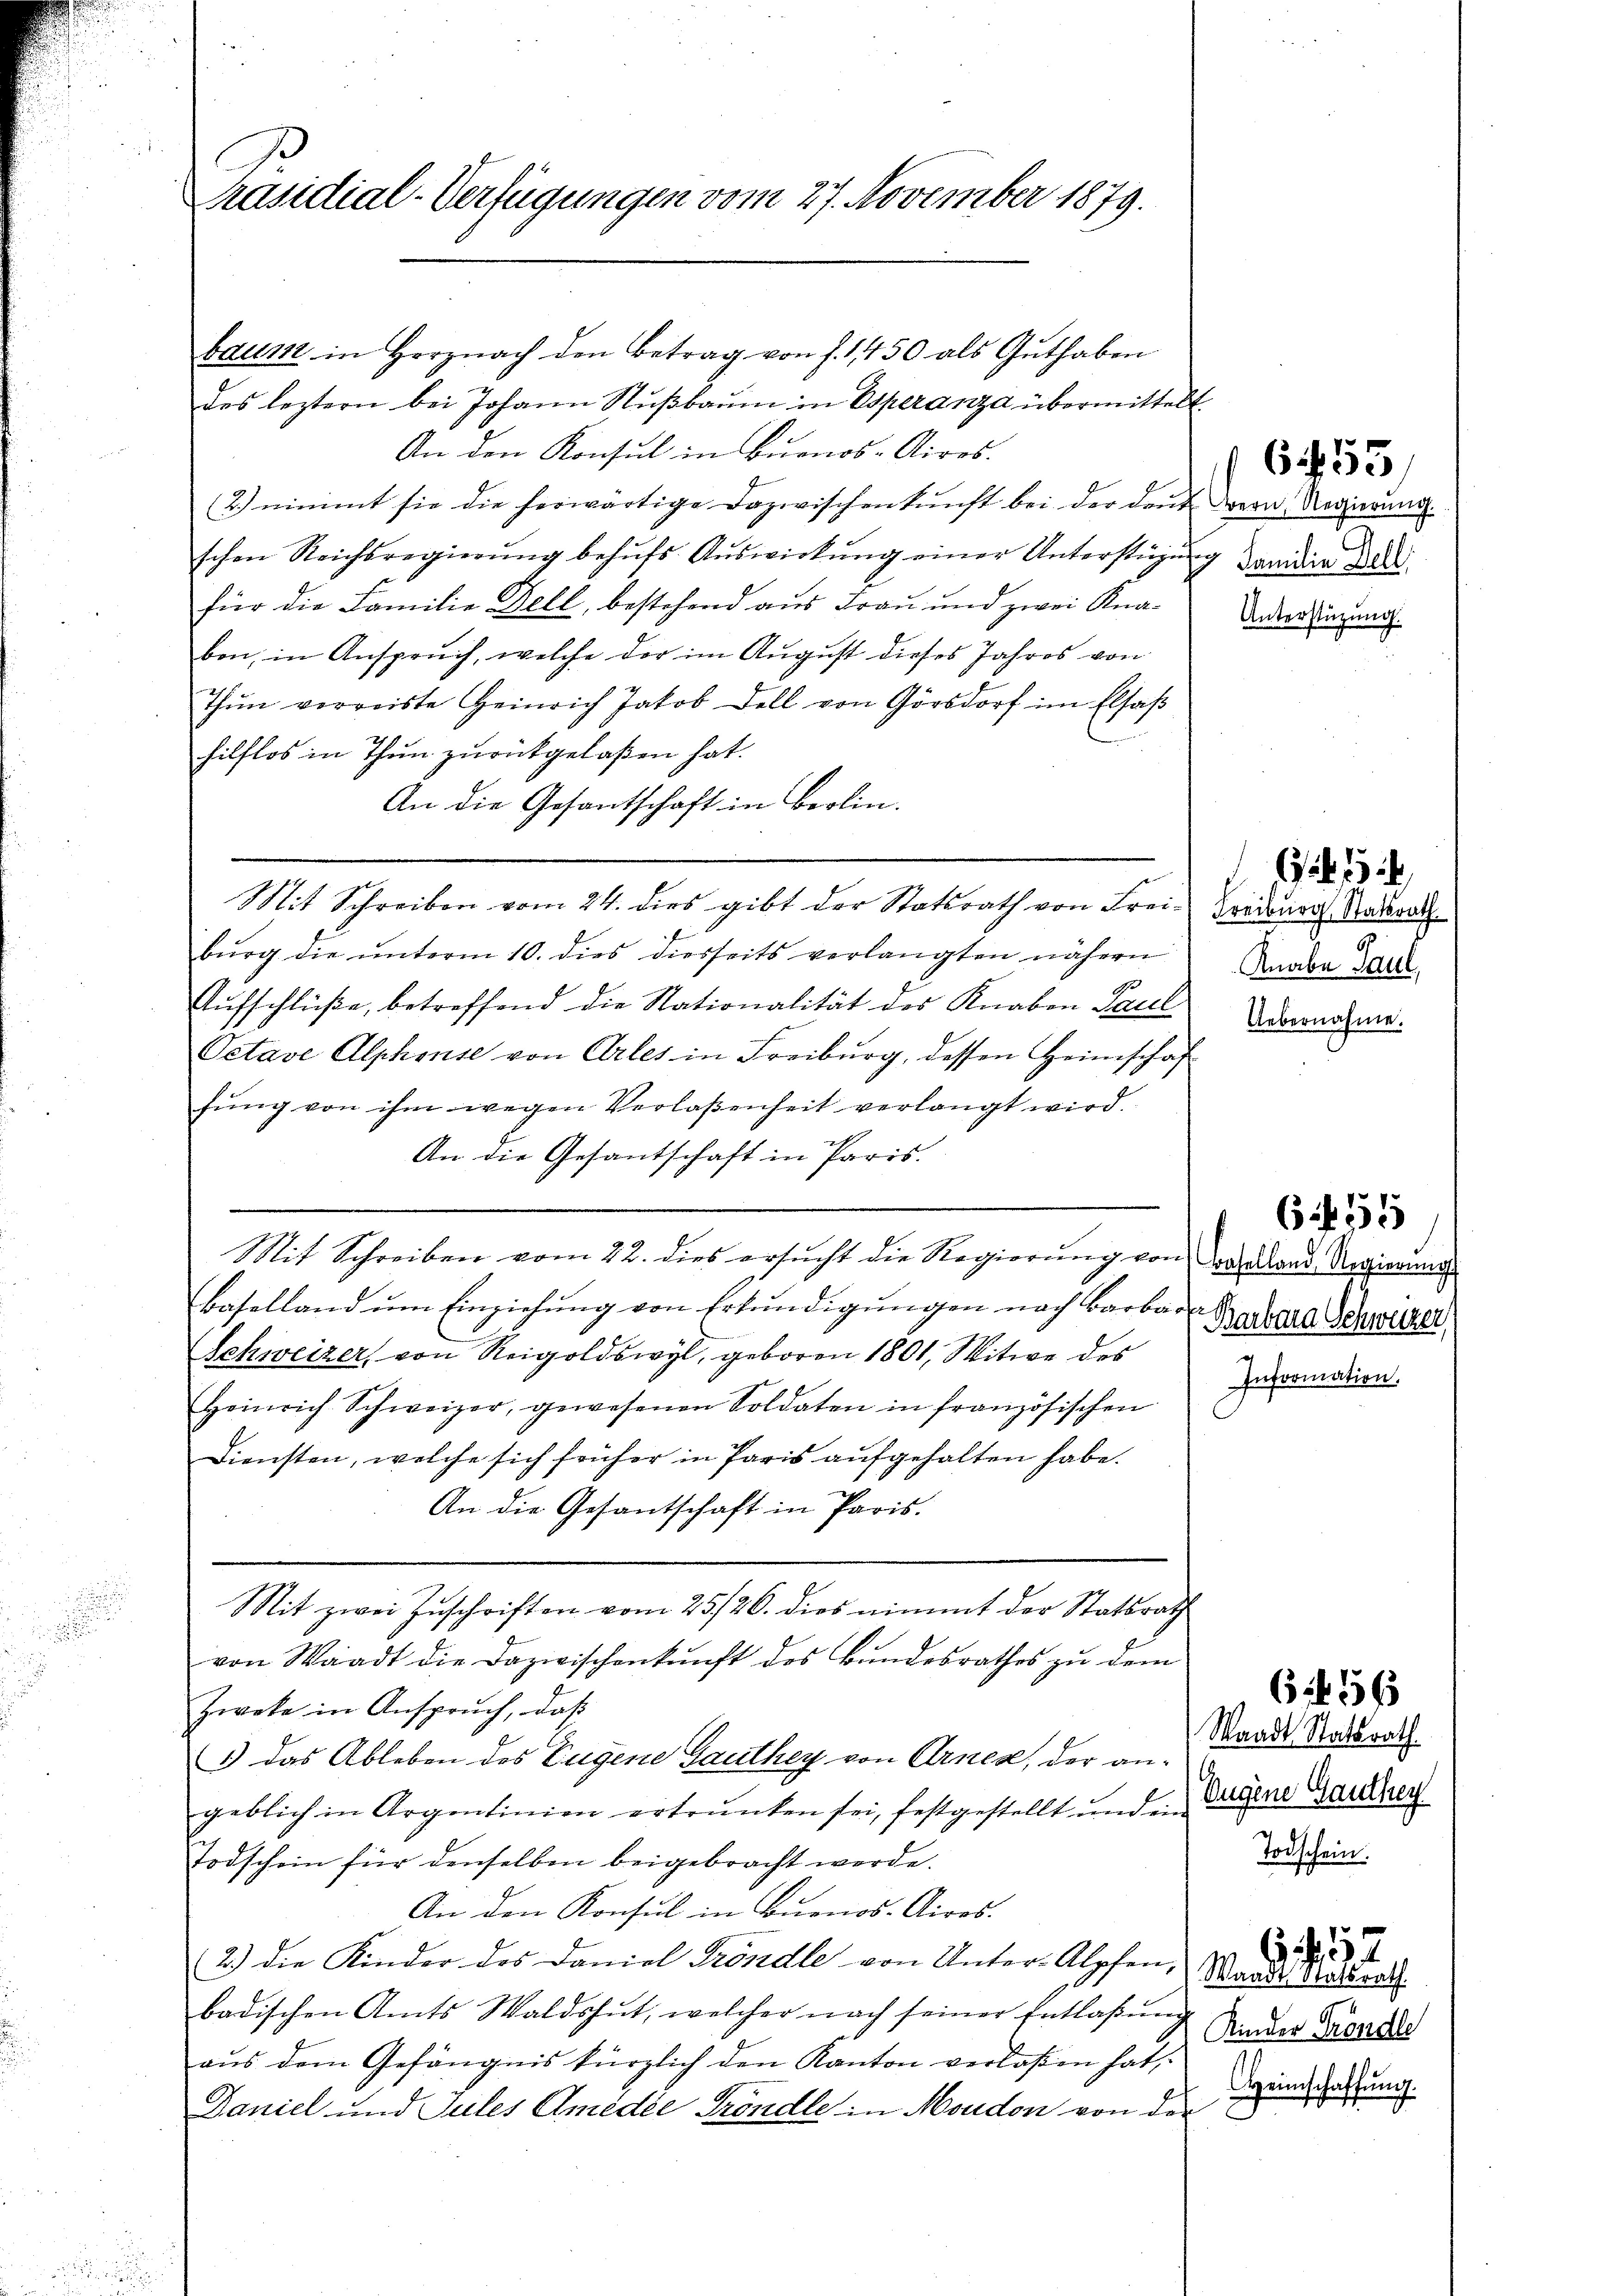
n

Präsidial-Verfügungen vom 27. November 1879.

baum in Herz nach den Betrag von f. 1450 als Guthaben
des leztern bei Johann Nußbaum in Esperanza übermittelt
An den Konsul in Buenos-Aires.
2.) nimmt sie die herwärtige Dazwischenkunft bei der dont vern Regierŭng
schen Reichsregierŭng behŭfs Aŭswirkŭng einer Unterstüzung damair da
für die Familie Dell, bestehend aus Frau und zwei Knabon, in Anspruch, welche der im August dieses Jahres von
Thun verreiste Heinrich Jakob Dell von Görsdorf im Elsaß
hilflos in Thun zurückgelaßen hat.
An die Gesantschaft in Berlin.
Mit Schreiben vom 24. dies gibt der Statsrath von Frei-Cordurch Stadtrat
bŭrg die ŭnterm 10. dies diesseits verlangten nähern
Aufschlüße, betreffend die Nationalität des Knaben Paul
Octave Alphense von Artes in Freiburg, dessen Heimschaf
fŭng von ihm wegen Verlaβenheit verlangt wird.
An die Gesantschaft in Paris.
Mit Schreiben vom 22. dies ersucht die Regierung von Brodland Regierung
Baselland um Einziehung von Erkundigungen nach Barbara Baara Schwicher,
Schweizer, von Reigoldswyl, geboren 1801, Witwe des
Heinrich Schweizer, gewesenen Soldaten in französischen
Diensten, welche sich früher in Paris aufgehalten habe.
An die Gesantschaft in Paris.
Mit zwei Zuschriften vom 25/26. dies nimmt der Statsrath
von Waadt die Dazwischenkunft des Bundesrathes zu dem
Zweke in Anspruch, daß
1) das Ableben des Eugene Gauthey von Arnes, der angeblich in Argentinien ertrunken sei, festgestellt und ein
Todschein für denselben beigebracht werde.
An den Konsul in Buenos-Aires.
2.) Die Kinder des Daniel Tröndle von Unter-Alpfen,
badischen Amts Waldshut, welcher nach seiner Entlaβŭng
aus dem Gefängnis kürzlich den Kanton verlaßen hat
Daniel und Gutes Amedée Tröndle in Moudon von der

Unterstüzung.

6455/

Knabe Paul,
Uebernahme.

655

Information.

1

Waadt Statsrath
Eugene Ganthey
Todschein.

613

Waadt Materat
Kinder Fröndle
Heimschaffung.

157